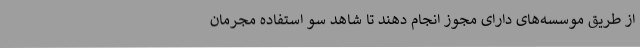
از طریق موسسه‌های دارای مجوز انجام دهند تا شاهد سو استفاده مجرمان